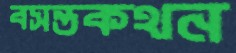
বসন্তকথন